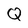
Character: Q